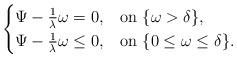
LaTeX: \begin{align*}\begin{cases}\Psi -\frac{1}{\lambda}\omega =0, &\mathrm{on}\ \{\omega >\delta \},\\\Psi -\frac{1}{\lambda}\omega \le0, &\mathrm{on}\ \{0\le \omega \le \delta \}.\\\end{cases}\end{align*}